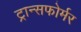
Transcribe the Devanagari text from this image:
ट्रान्सफोर्मर